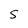
Character: S